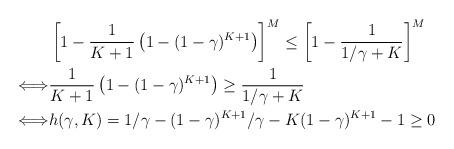
LaTeX: \begin{align*}&\left[1-\frac{1}{K+1}\left(1-(1-\gamma)^{K+1}\right)\right]^M\leq\left[1-\frac{1}{1/\gamma + K}\right]^M\\\Longleftrightarrow&\frac{1}{K+1}\left(1-(1-\gamma)^{K+1}\right)\geq \frac{1}{1/\gamma + K}\\\Longleftrightarrow& h(\gamma, K) = 1/\gamma-(1-\gamma)^{K+1}/\gamma - K(1-\gamma)^{K+1}- 1\geq 0\end{align*}